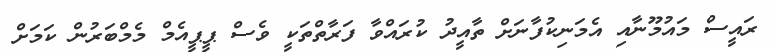
ރައީސް މައުމޫނާއި އެމަނިކުފާނަށް ތާއީދު ކުރައްވާ ފަރާތްތަކީ ވެސް ޕީޕީއެމް މެމްބަރުން ކަމަށް